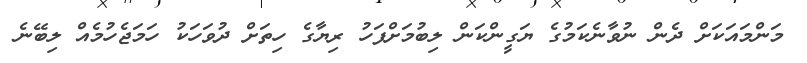
މަންމައަކަށް ދެން ނުވާނެކަމުގެ ޔަގީންކަން ލިބުމަށްފަހު ރިޔާގެ ހިތަށް ދުވަހަކު ހަމަޖެހުމެއް ލިބޭނެ